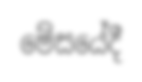
මේසයේදී